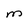
Character: M